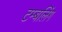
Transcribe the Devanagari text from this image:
टम्बलिंग